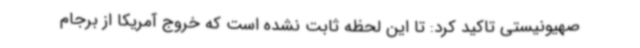
صهیونیستی تاکید کرد: تا این لحظه ثابت نشده است که خروج آمریکا از برجام